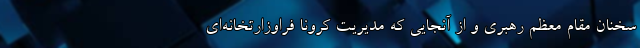
سخنان مقام معظم رهبری و از آنجایی که مدیریت کرونا فراوزارتخانه‌‌‌ای